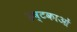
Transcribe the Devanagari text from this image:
इष्टकाओं